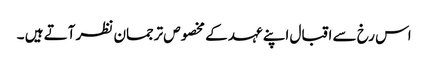
اس رخ سے اقبال اپنے عہد کے مخصوص ترجمان نظر آتے ہیں ۔